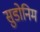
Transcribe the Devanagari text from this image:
सुडोनिम